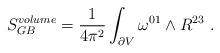
LaTeX: \begin{align*}S_{GB}^{volume} = {1\over 4 \pi^2}\int_{\partial V }\omega^{01}\wedge R^{23} \ .\end{align*}